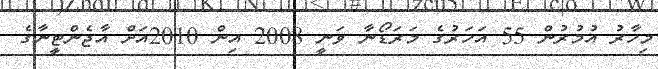
މިހާރު އުމުރުން 55 އަހަރުގެ މަރަޑޯނާ ވަނީ 2008 އިން 2010އަށް އާޖެންޓީނާގެ